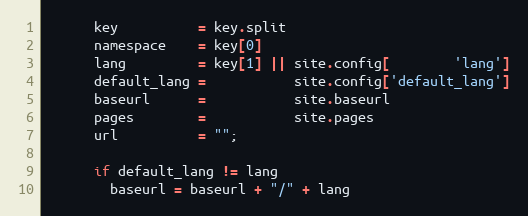
Language: Ruby
      key          = key.split
      namespace    = key[0]
      lang         = key[1] || site.config[        'lang']
      default_lang =           site.config['default_lang']
      baseurl      =           site.baseurl
      pages        =           site.pages
      url          = "";

      if default_lang != lang
        baseurl = baseurl + "/" + lang